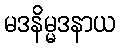
မဒနိမ္မဒနာယ